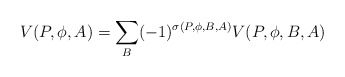
\begin{align*}V(P, \phi, A) = \sum_{B} (-1)^{\sigma(P, \phi, B, A)} V(P, \phi, B, A)\\\end{align*}